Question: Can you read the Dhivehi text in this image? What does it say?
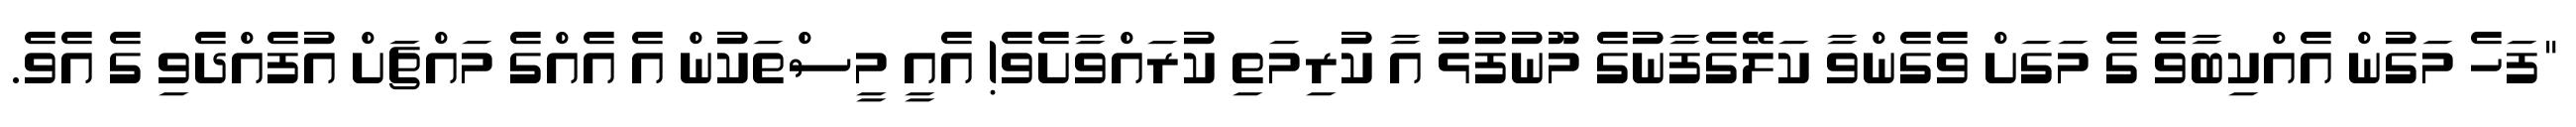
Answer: "ފަހެ މަގުން އެއްކިބާވެ ގެ މަގަށް ވެގެންވާ ކަލޭގެފާނުގެ މޫނުފުޅު އާ ކުރިމަތި ކުރައްވާށެވެ! އެއީ މީސްތަކުން އެ އެއްގެ މައްޗަށް އުފެއްދެވި ގެ އެވެ.